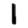
Digit: 1